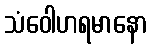
သံဝေါဟရမာနော